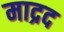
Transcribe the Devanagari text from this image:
माद्रद